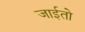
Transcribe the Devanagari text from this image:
जाईतो